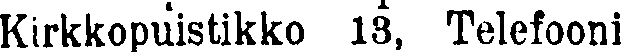
Kirkkopuistikko 13, Telefooni